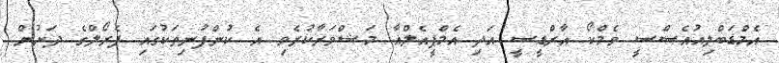
އެމްޑަބްލިއުއެސްސީ ވެމްކޯ އާރްޑީސީ އަދި އެމްޕީއެލްއާ މަޝްވަރާކުރެވި އެ ކުންފުނިތަކުގައި ޕެރޯލްގެ ދަށުން